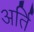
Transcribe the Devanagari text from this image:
अर्ति